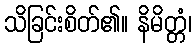
သိခြင်းစိတ်၏။ နိမိတ္တံ၊